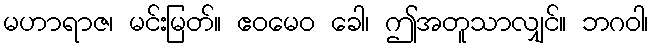
မဟာရာဇ၊ မင်းမြတ်။ ဧဝမေဝ ခေါ၊ ဤအတူသာလျှင်။ ဘဂဝါ၊